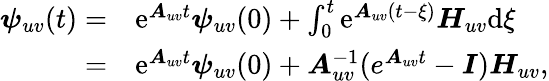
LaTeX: \begin{array}{rl}{\boldsymbol{\psi}_{uv}(t)=}&{\mathrm{e}^{\boldsymbol{A}_{uv}t}\boldsymbol{\psi}_{uv}(0)+\int_{0}^{t}\mathrm{e}^{\boldsymbol{A}_{uv}(t-\xi)}\boldsymbol{H}_{uv}\mathrm{d}\xi}\\ {=}&{\mathrm{e}^{\boldsymbol{A}_{uv}t}\boldsymbol{\psi}_{uv}(0)+\boldsymbol{A}_{uv}^{-1}(e^{\boldsymbol{A}_{uv}t}-\boldsymbol{I})\boldsymbol{H}_{uv},}\end{array}